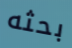
بحثه